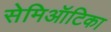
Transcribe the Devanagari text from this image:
सेमिऑटिका